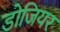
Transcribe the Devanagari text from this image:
डोजियर